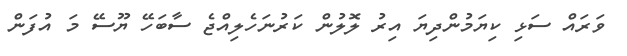
ވަރައް ސަޅި ކިޔަމުންދިޔަ އިރު ލޮލުން ކަރުނަހެލިއްޖެ ސާބަހޭ ޔޫސޭ މަ އުފަން